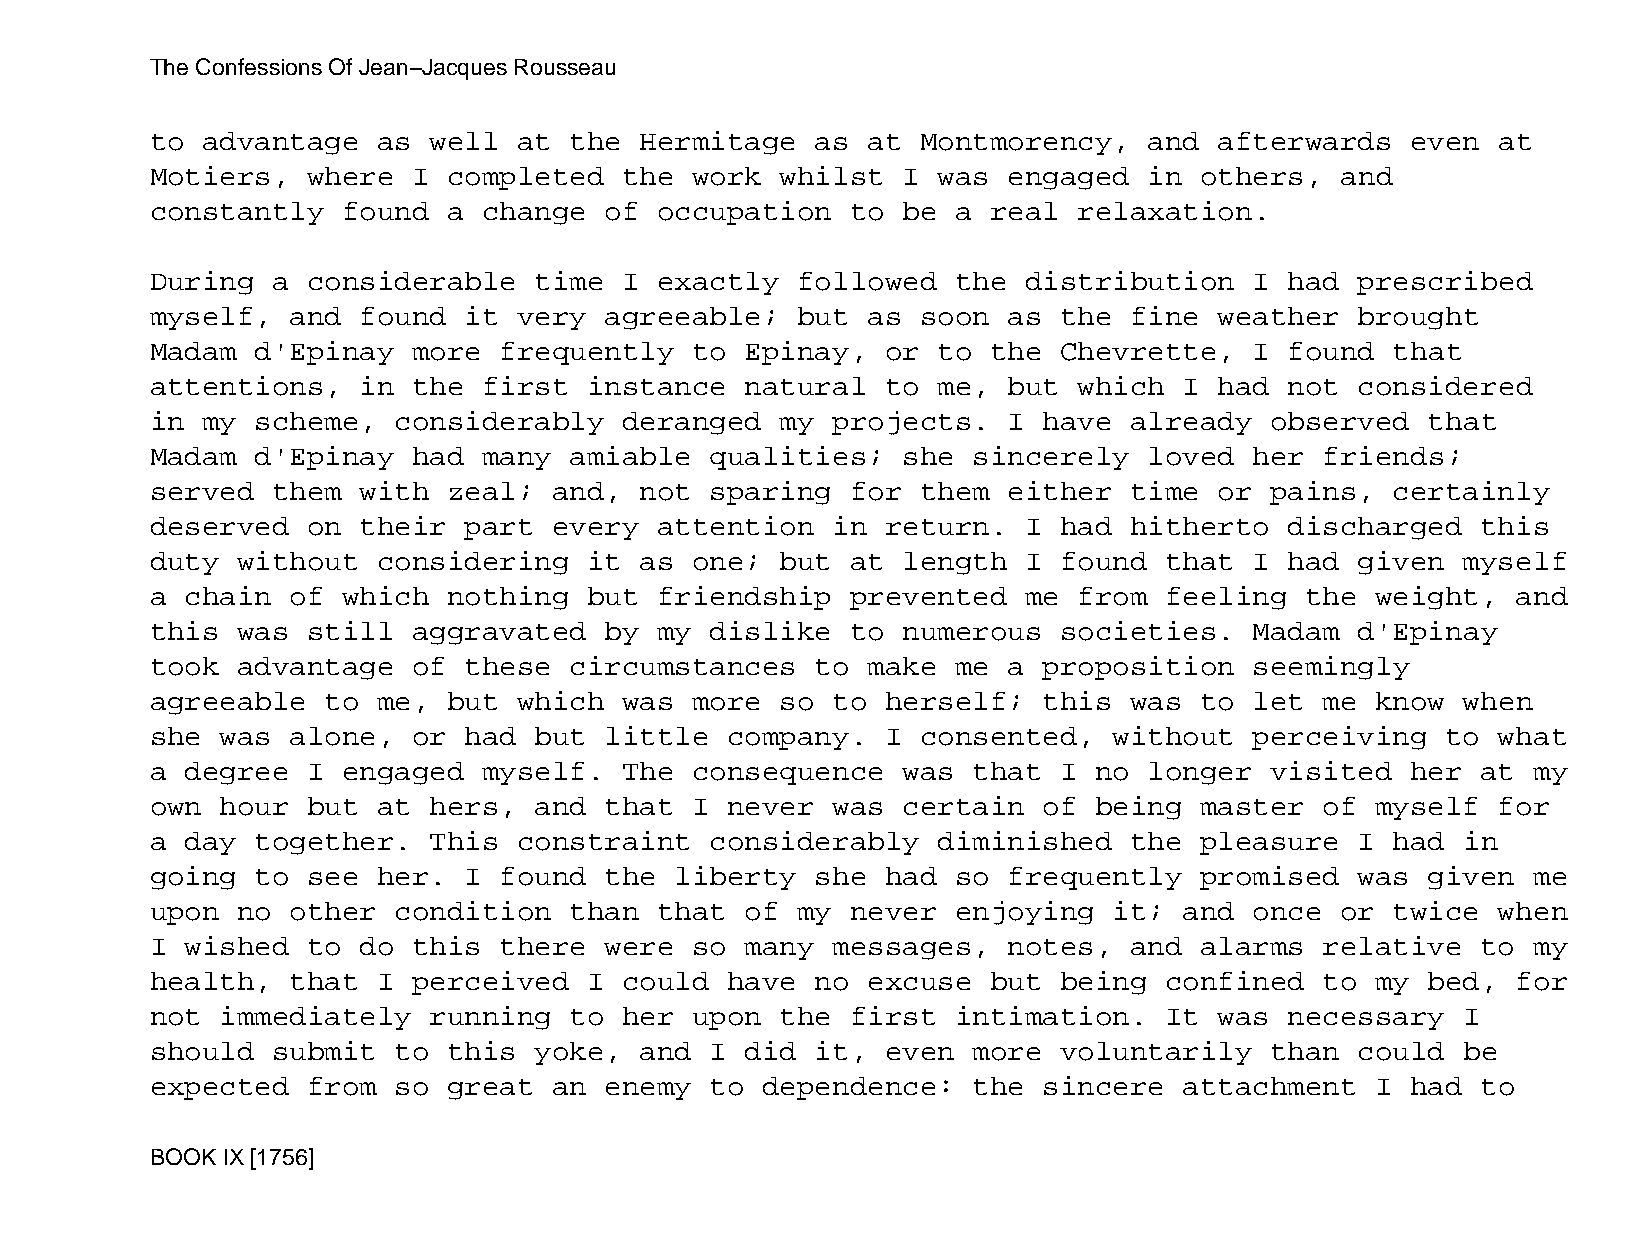
The Confessions Of Jean−Jacques Rousseau
 to advantage   as well  at  the Hermitage   as at  Montmorency,   and  afterwards  even  at
 Motiers,  where  I  completed  the  work  whilst  I was  engaged  in others,   and
 constantly   found  a change  of  occupation  to  be a  real relaxation.
 During  a considerable   time  I  exactly  followed  the  distribution   I had  prescribed
 myself,  and  found  it very  agreeable;   but as  soon  as the  fine  weather  brought
 Madam  d'Epinay  more  frequently   to Epinay,   or to  the Chevrette,   I found  that
 attentions,   in the  first  instance  natural   to me,  but which  I  had not  considered
 in my  scheme,  considerably   deranged   my projects.   I have  already  observed   that
 Madam  d'Epinay  had  many  amiable  qualities;   she sincerely   loved  her  friends;
 served  them  with  zeal;  and, not  sparing  for  them  either  time  or pains,  certainly
 deserved  on  their  part  every  attention  in  return.  I had  hitherto  discharged   this
 duty  without  considering   it as  one;  but at  length  I found  that  I had  given  myself
 a chain  of  which  nothing  but  friendship  prevented   me from  feeling  the  weight,  and
 this  was still  aggravated   by  my dislike  to  numerous  societies.   Madam  d'Epinay
 took  advantage  of  these  circumstances   to make  me  a proposition   seemingly
 agreeable   to me,  but which  was  more  so to  herself;  this  was to  let  me know  when
 she  was alone,  or  had but  little  company.   I consented,   without  perceiving   to what
 a degree  I  engaged  myself.  The  consequence   was that  I no  longer  visited  her  at my
 own  hour but  at hers,  and  that  I never  was  certain  of being  master   of myself  for
 a day  together.  This  constraint   considerably   diminished   the pleasure   I had  in
 going  to see  her.  I found  the  liberty  she  had so  frequently  promised   was  given me
 upon  no other  condition   than  that of  my never  enjoying   it; and  once  or twice  when
 I wished  to  do this  there  were  so many  messages,   notes,  and alarms   relative  to my
 health,  that  I perceived   I could  have  no excuse   but being  confined   to my  bed, for
 not  immediately  running   to her  upon  the first  intimation.   It  was necessary   I
 should  submit  to  this yoke,  and  I did  it,  even more  voluntarily   than  could  be
 expected  from  so  great  an enemy  to dependence:   the  sincere  attachment   I had  to
 BOOK IX [1756]